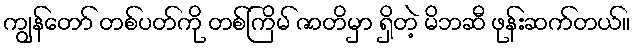
ကျွန်တော် တစ်ပတ်ကို တစ်ကြိမ် ဇာတိမှာ ရှိတဲ့ မိဘဆီ ဖုန်းဆက်တယ်။